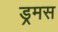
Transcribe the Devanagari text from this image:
ड्रमस